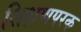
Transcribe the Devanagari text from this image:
शिक्षणपरक